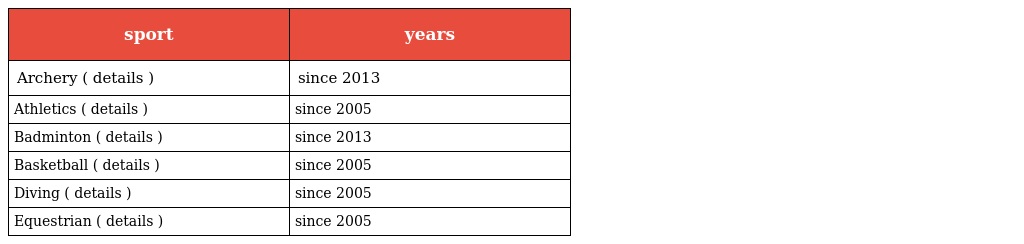
| sport | years |
 | --- | --- |
 | Archery ( details ) | since 2013 |
 | Athletics ( details ) | since 2005 |
 | Badminton ( details ) | since 2013 |
 | Basketball ( details ) | since 2005 |
 | Diving ( details ) | since 2005 |
 | Equestrian ( details ) | since 2005 |